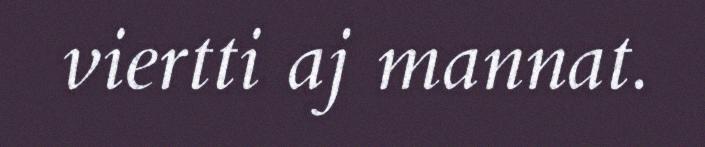
viertti aj mannat.